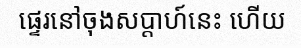
ផ្ទេរនៅចុងសប្តាហ៍នេះ ហើយ